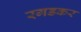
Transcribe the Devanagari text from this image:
रगडकर